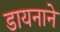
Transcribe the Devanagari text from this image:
डायनाने